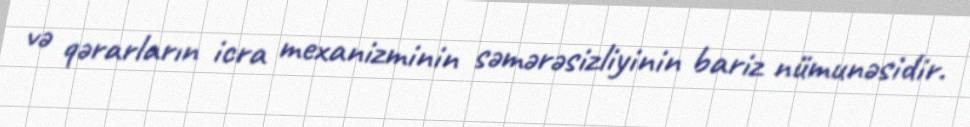
və qərarların icra mexanizminin səmərəsizliyinin bariz nümunəsidir.